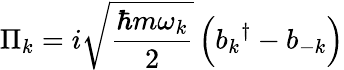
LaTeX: \Pi_{k}=i{\sqrt{\frac{\hbar m\omega_{k}}{2}}}\left({b_{k}}^{\dagger}-b_{-k}\right)